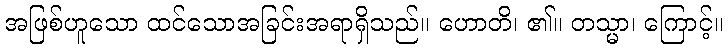
အဖြစ်ဟူသော ထင်သောအခြင်းအရာရှိသည်။ ဟောတိ၊ ၏။ တသ္မာ၊ ကြောင့်။